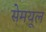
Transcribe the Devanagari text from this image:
सेमयूल